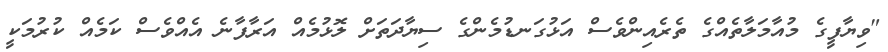
"ވިޔާފީގެ މުއާމަލާތެއްގެ ތެރެއިންވެސް އަޅުގަނޑުމެންގެ ސިޔާދަތަށް ލޮޅުމެއް އަރާފާނެ އެއްވެސް ކަމެއް ކުރުމަކީ